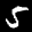
Label: 5